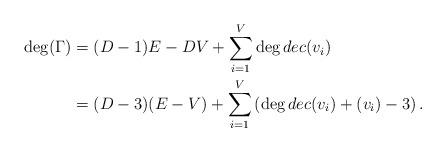
LaTeX: \begin{align*}\deg(\Gamma) &= (D-1)E-DV+ \sum_{i=1}^{V} \deg dec(v_i)\\&=(D-3)(E-V)+\sum^V_{i=1}\left( \deg dec(v_i) + (v_i)-3\right).\end{align*}